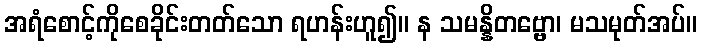
အရံစောင့်ကိုစေခိုင်းတတ်သော ရဟန်းဟူ၍။ န သမန္နိတဗ္ဗော၊ မသမုတ်အပ်။